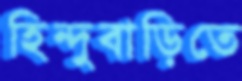
হিন্দুবাড়িতে